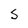
Character: S